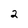
Character: 2